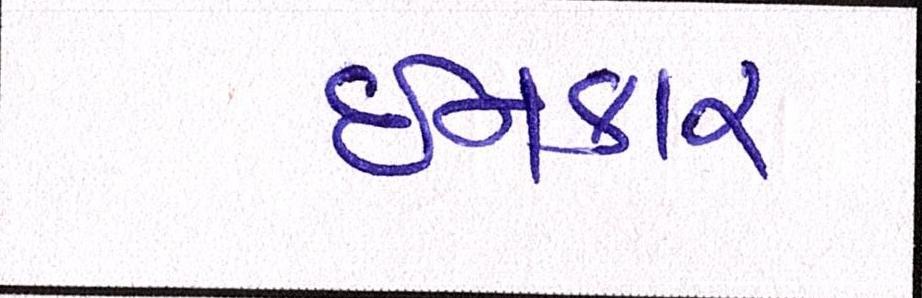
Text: ઈનકાર